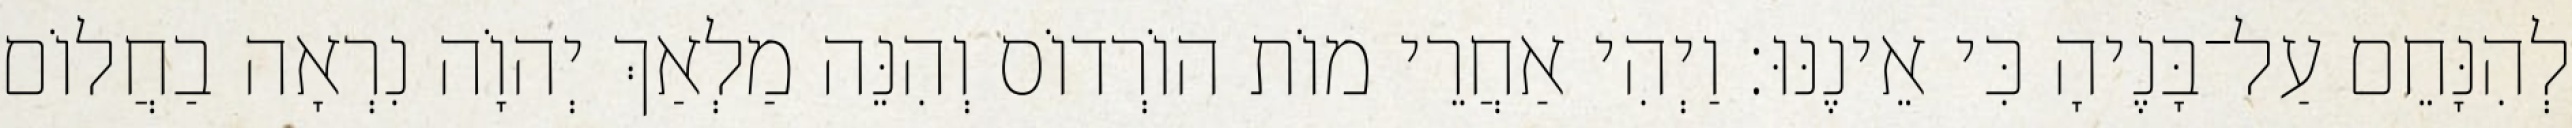
לְהִנָּחֵם עַל־בָּנֶיהָ כִּי אֵינֶנּוּ׃ וַיְהִי אַחֲרֵי מוֹת הוֹרְדוֹס וְהִנֵּה מַלְאַךְ יְהוָֹה נִרְאָה בַחֲלוֹם